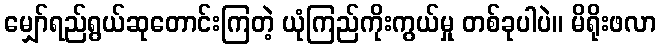
မျှော်ရည်ရွယ်ဆုတောင်းကြတဲ့ ယုံကြည်ကိုးကွယ်မှု တစ်ခုပါပဲ။ မိရိုးဖလာ